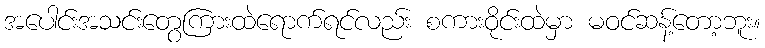
အပေါင်းအသင်းတွေကြားထဲရောက်ရင်လည်း စကားဝိုင်းထဲမှာ မဝင်ဆန့်တော့ဘူး။